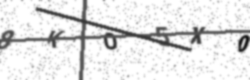
Text: 8KO5X0